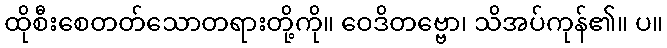
ထိုစီးစေတတ်သောတရားတို့ကို။ ဝေဒိတဗ္ဗော၊ သိအပ်ကုန်၏။ ပ။